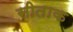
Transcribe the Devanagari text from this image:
सीताक